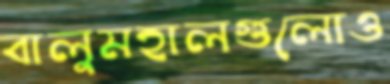
বালুমহালগুলোও